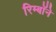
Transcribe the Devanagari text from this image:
रिम्बॉने